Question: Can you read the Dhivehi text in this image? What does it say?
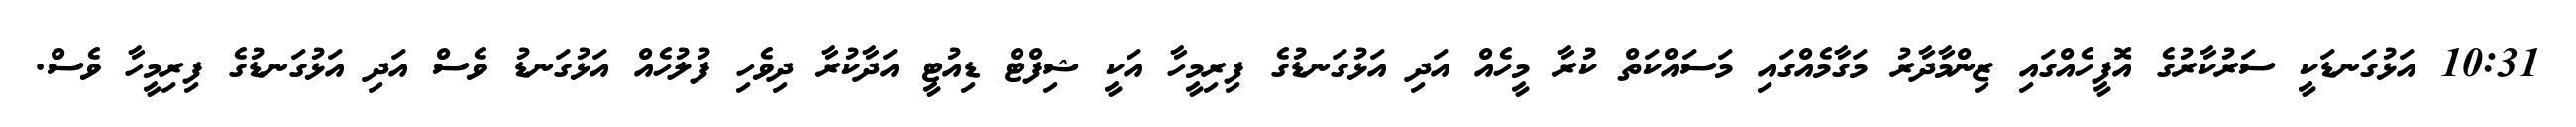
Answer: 10:31 އަޅުގަނޑަކީ ސަރުކާރުގެ އޮފީހެއްގައި ޒިންމާދާރު މަގާމެއްގައި މަސައްކަތް ކުރާ މީހެއް އަދި އަޅުގަނޑުގެ ފިރިމީހާ އަކީ ޝިފްޓް ޑިއުޓީ އަދާކުރާ ދިވެހި ފުލުހެއް އަޅުގަނޑު ވެސް އަދި އަޅުގަނޑުގެ ފިރިމީހާ ވެސް.